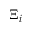
\Xi _ { i }